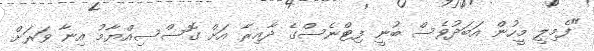
"ފެމިލީ މީހުން އަބަދުވެސް ބުނީ ފިޓްނެސްގެ ދާއިރާ އަށް ގޮސްސިއްޔާމު އިނާ ވަރަށް